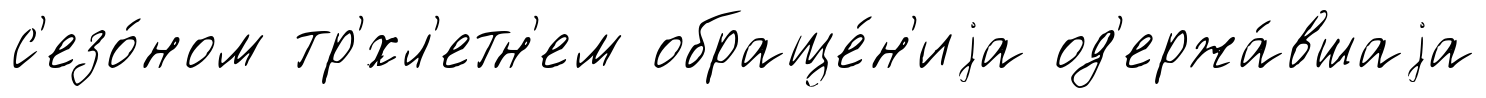
с'езо́ном тр'́хл'етн'ем обраще́н'иjа од'ержа́вшаjа